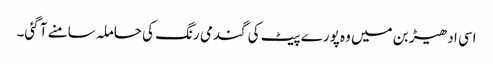
اسی ادھیڑ بن میں وہ پورے پیٹ کی گندمی رنگ کی حاملہ سامنے آ گئی۔